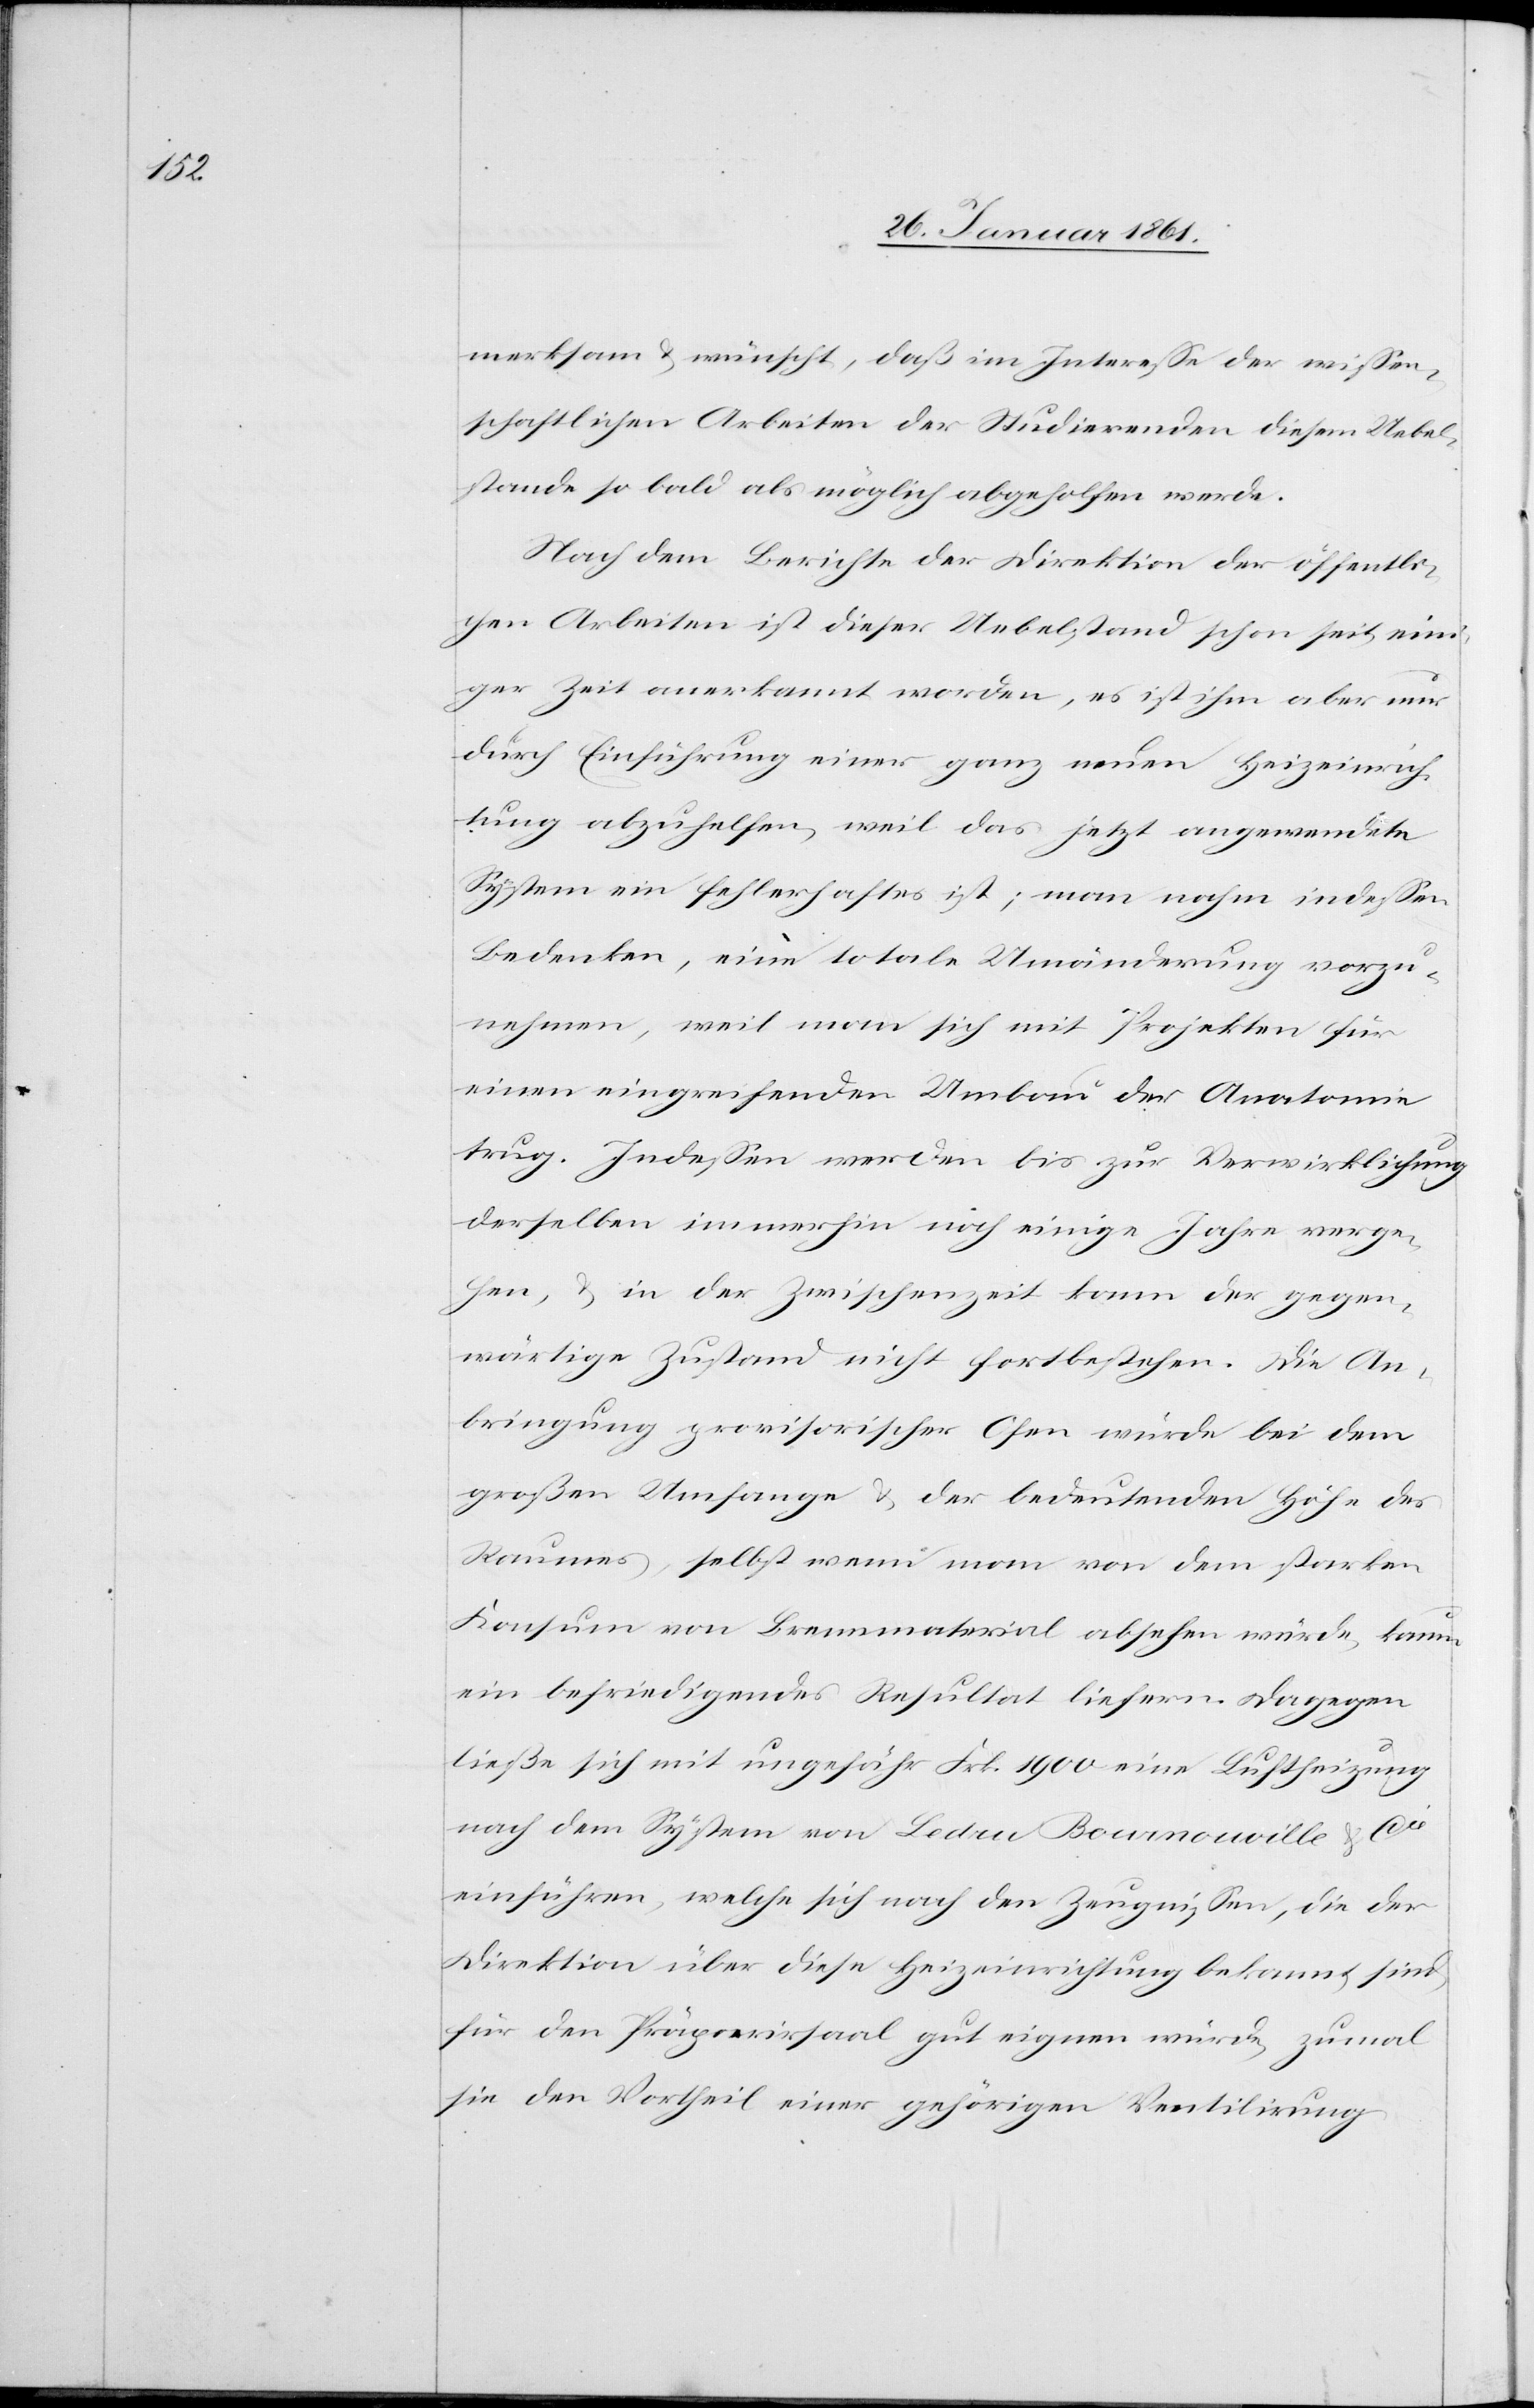
merksam u. wünscht, daß im Interesse der wissen¬
schaftlichen Arbeiten der Studierenden diesem Uebel¬
stande so bald als möglich abgeholfen werde.
Nach dem Berichte der Direktion der öffentli¬
chen Arbeiten ist dieser Uebelstand schon seit eini¬
ger Zeit anerkannt worden, es ist ihm aber nur
durch Einführung einer ganz neuen Heizeinrich¬
tung abzuhelfen, weil das jetzt angewendete
System ein fehlerhaftes ist; man nahm indessen
Bedenken, eine totale Umänderung vorzu¬
nehmen, weil man sich mit Projekten für
einen eingreifenden Umbau der Anatomie
trug. Indessen werden bis zur Verwirklichung
derselben immerhin noch einige Jahre verge¬
hen, u. in der Zwischenzeit kann der gegen¬
wärtige Zustand nicht fortbestehen. Die An¬
bringung provisorischer Ofen würde bei dem
großen Umfange u. der bedeutenden Höhe des
Raumes, selbst wenn man von dem starken
Konsum von Brennmaterial absehen würde, kaum
ein befriedigendes Resultat liefern. Dagegen
ließe sich mit ungefähr Frk. 1900 eine Luftheizung
nach dem System von Ledru Bournonville u. Cie
einführen, welche sich nach den Zeugnissen, die der
Direktion über diese Heizeinrichtung bekannt sind,
für den Präparirsaal gut eignen würde, zumal
sie den Vortheil einer gehörigen Ventilirung